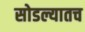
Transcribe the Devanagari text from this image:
सोडल्यातच